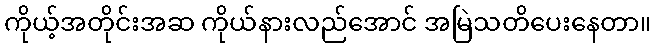
ကိုယ့်အတိုင်းအဆ ကိုယ်နားလည်အောင် အမြဲသတိပေးနေတာ။